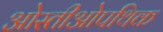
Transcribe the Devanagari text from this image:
ओस्तीओपथिक